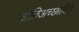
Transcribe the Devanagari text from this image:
अतिअच्छादित